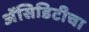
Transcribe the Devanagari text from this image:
अॅसिडिटीचा